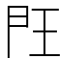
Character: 𰀤